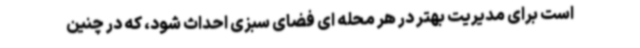
است برای مدیریت بهتر در هر محله ای فضای سبزی احداث شود، که در چنین